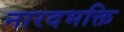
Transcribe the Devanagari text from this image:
नारदभक्ति